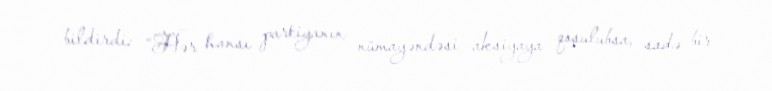
bildirdi: “Hər hansı partiyanın nümayəndəsi aksiyaya qoşulubsa, sadə bir